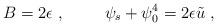
LaTeX: \begin{align*}B = 2 \epsilon~, \hskip 1cm\psi_s + \psi_0^4 = 2 \epsilon\tilde u~,\end{align*}